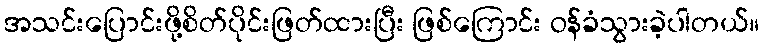
အသင်းပြောင်းဖို့စိတ်ပိုင်းဖြတ်ထားပြီး ဖြစ်ကြောင်း ဝန်ခံသွားခဲ့ပါတယ်။